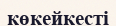
көкейкесті